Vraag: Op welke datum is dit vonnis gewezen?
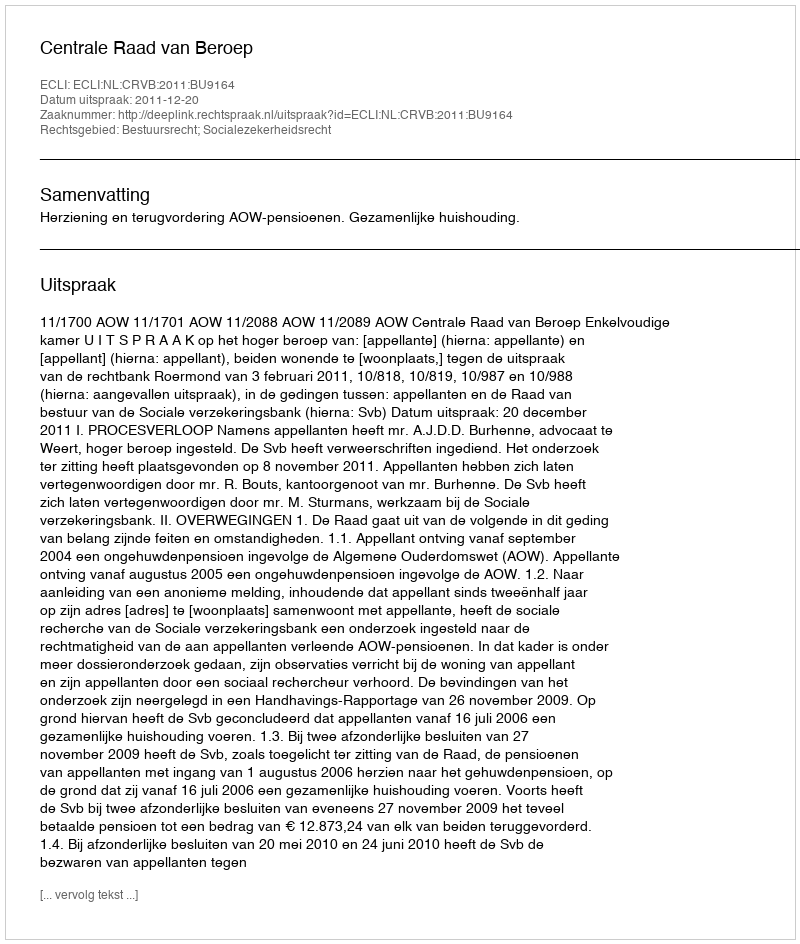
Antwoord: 2011-12-20